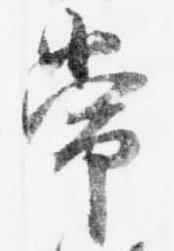
常